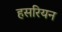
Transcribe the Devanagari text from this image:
हसरियन